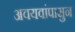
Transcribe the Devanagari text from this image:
अवयवांपासुन